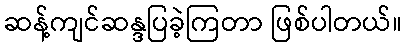
ဆန့်ကျင်ဆန္ဒပြခဲ့ကြတာ ဖြစ်ပါတယ်။